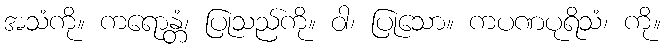
အသံကို။ ကရောန္တံ၊ ပြုသည်ကို။ ဝါ၊ ပြုသော။ ကပဏပုရိသံ၊ ကို။